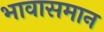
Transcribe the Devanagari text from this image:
भावासमान